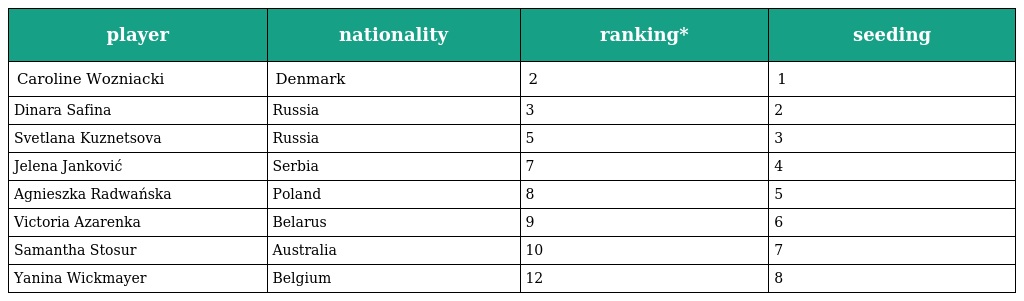
| player | nationality | ranking* | seeding |
 | --- | --- | --- | --- |
 | Caroline Wozniacki | Denmark | 2 | 1 |
 | Dinara Safina | Russia | 3 | 2 |
 | Svetlana Kuznetsova | Russia | 5 | 3 |
 | Jelena Janković | Serbia | 7 | 4 |
 | Agnieszka Radwańska | Poland | 8 | 5 |
 | Victoria Azarenka | Belarus | 9 | 6 |
 | Samantha Stosur | Australia | 10 | 7 |
 | Yanina Wickmayer | Belgium | 12 | 8 |